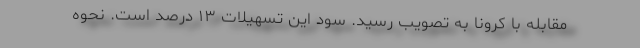
مقابله با کرونا به تصویب رسید. سود این تسهیلات ۱۳ درصد است. نحوه